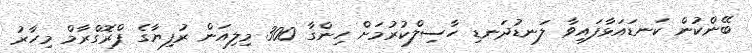
ބޭންކުން ކަނޑައަޅާފައިވާ ލަނޑުދަނޑި ހާސިލްކުރުމަށް ހިންގާ 300 މިލިއަން ރުފިޔާގެ ޕްރޮގްރާމް މިހާރު